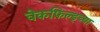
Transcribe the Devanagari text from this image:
वेकफ़िल्ड्च्या